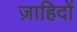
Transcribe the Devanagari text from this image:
ज़ाहिदों